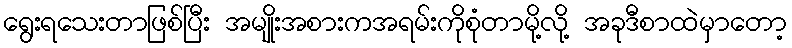
ရွေးရသေးတာဖြစ်ပြီး အမျိုးအစားကအရမ်းကိုစုံတာမို့လို့ အခုဒီစာထဲမှာတော့